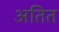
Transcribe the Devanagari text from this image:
अतित